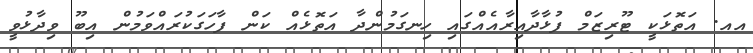
އއ. އަތޮޅަކީ ޓޫރިޒަމް ފުޅާދާއިރާއެއްގައި ހިނގަމުންދާ އަތޮޅެއް ކަން ފާހަގަކުރައްވަމުން އިބޫ ވިދާޅުވީ